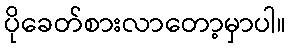
ပိုခေတ်စားလာတော့မှာပါ။